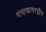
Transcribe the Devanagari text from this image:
गंगासागरद्वीप